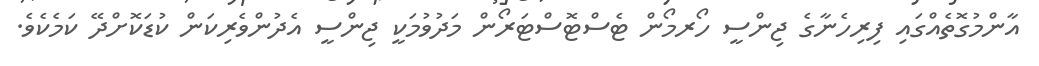
އާންމުގޮތެއްގައި ފިރިހެނާގެ ޖިންސީ ހޯރމޯން ޓެސްޓޮސްޓަރޯން މަދުވުމަކީ ޖިންސީ އެދުންވެރިކަން ކުޑަކޮށްދޭ ކަމެކެވެ.